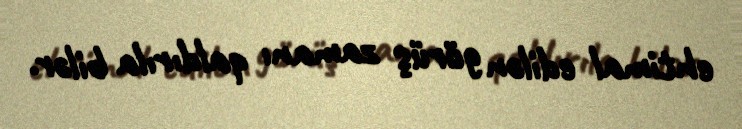
ehtimal edilən görüş zamanı qaldırıla bilər.